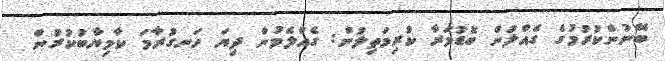
ބޭނުންކުރުމުގެ ގެއްލުން ބޮޑުމަރާ ކުރިމަތިލުން: ގެއްލެމުން ދިޔަ ހަނގުރާމަ ކާމިޔާބުކުރުން